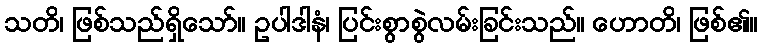
သတိ၊ ဖြစ်သည်ရှိသော်။ ဥပါဒါနံ၊ ပြင်းစွာစွဲလမ်းခြင်းသည်။ ဟောတိ၊ ဖြစ်၏။